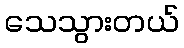
သေသွားတယ်